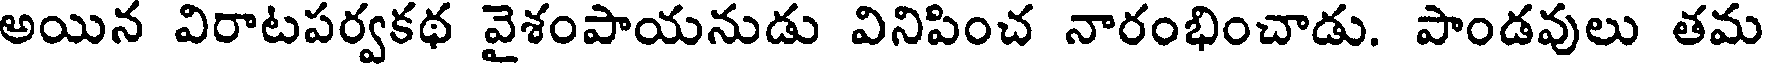
అయిన విరాటపర్వకథ వైశంపాయనుడు వినిపించ నారంభించాడు. పాండవులు తమ